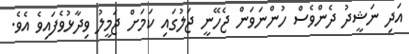
އަދި ނަޝީދު ދެންވެސް ހުންނަވަން ޖެހޭނީ ޖަލުގައި ކަމަށް ޖަމީލު ވިދާޅުވެފައިވެ އެވެ.